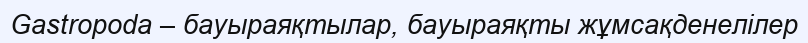
Gastropoda – бауыраяқтылар, бауыраяқты жұмсақденелілер